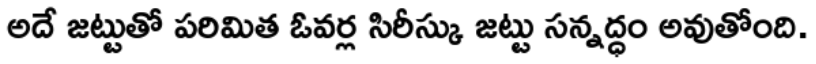
అదే జట్టుతో పరిమిత ఓవర్ల సిరీస్కు జట్టు సన్నద్ధం అవుతోంది.